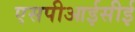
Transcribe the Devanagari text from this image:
एसपीआईसीई